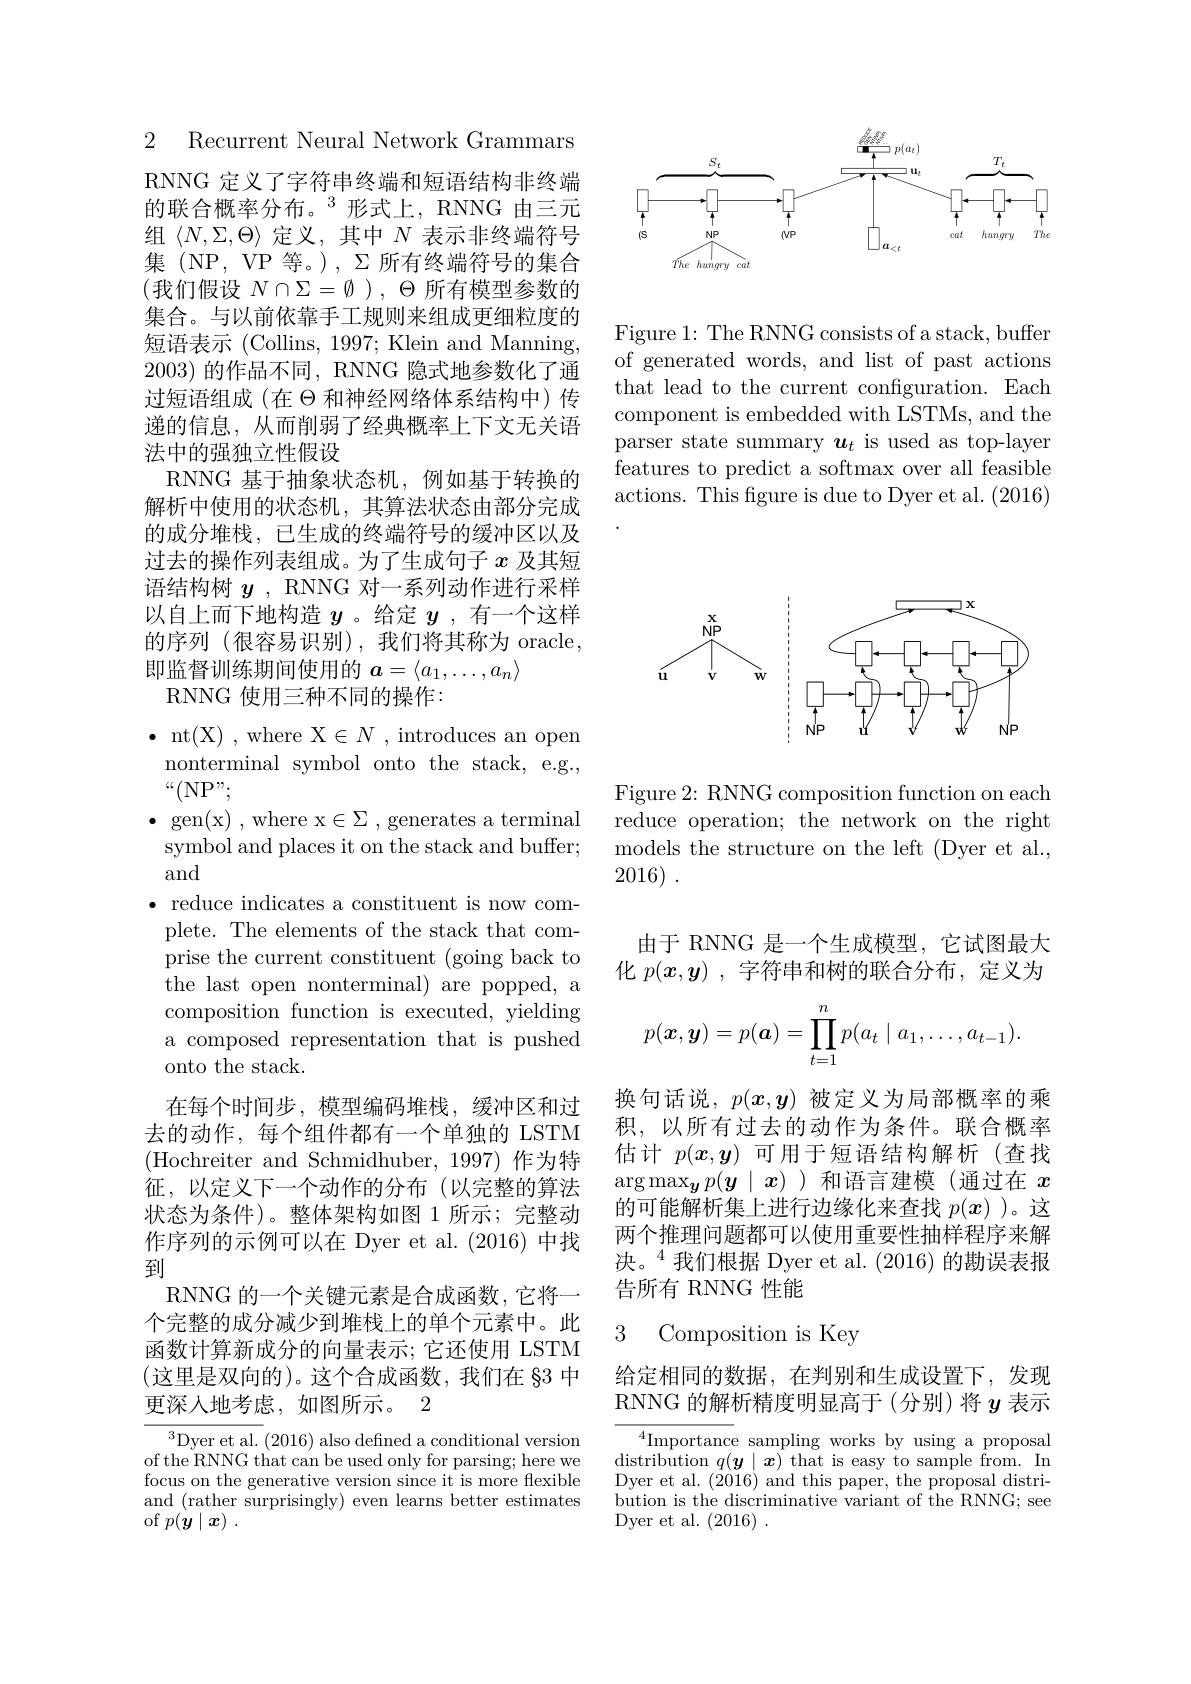
<FigureHere>

Figure 1: The RNNG consists of a stack, buffer of generated words, and list of past actions that lead to the current configuration. Each component is embedded with LSTMs, and the parser state summary $\boldsymbol u_t$ is used as top-layer features to predict a softmax over all feasible actions. This figure is due to Dyer et al. (2016)

2 Recurrent Neural Network Grammars

RNNG 定义了字符串终端和短语结构非终端的联合概率分布。$^{3}$形式上，RNNG 由三元组$\langle N,\Sigma,\Theta\rangle$定义，其中$N$表示非终端符号集 (NP, VP 等。), $\Sigma$所有终端符号的集合(我们假设 $N\cap\Sigma=\emptyset),\Theta$ 所有模型参数的集合。与以前依靠手工规则来组成更细粒度的短语表示 (Collins, 1997; Klein and Manning, 2003)的作品不同，RNNG 隐式地参数化了通过短语组成(在$\Theta$ 和神经网络体系结构中)传递的信息，从而削弱了经典概率上下文无关语法中的强独立性假设
RNNG 基于抽象状态机，例如基于转换的解析中使用的状态机，其算法状态由部分完成的成分堆栈，已生成的终端符号的缓冲区以及过去的操作列表组成。为了生成句子$x$及其短语结构树$y$, RNNG 对一系列动作进行采样以自上而下地构造$y$ 。给定$y$ ,有一个这样的序列 (很容易识别),我们将其称为 oracle, 即监督训练期间使用的$a=\langle a_1,\ldots,a_n\rangle$
RNNG 使用三种不同的操作：

$\bullet$ nt(X),where X$\in N$ , introduces an open
nonterminal symbol onto the stack, e.g.,
$“($NP";
$\bullet$ gen(x) , where x$\in\Sigma$ , generates a terminal symbol and places it on the stack and buffer; and
$\bullet$ reduce indicates a constituent is now complete. The elements of the stack that comprise the current constituent (going back to ${\mathrm{~the~last~open~nonterminal)~are~popped,~a}}$ composition function is executed, yielding a composed representation that is pushed onto the stack.
在每个时间步，模型编码堆栈，缓冲区和过去的动作，每个组件都有一个单独的 LSTM (Hochreiter and Schmidhuber, 1997)作为特征，以定义下一个动作的分布(以完整的算法状态为条件)。整体架构如图 1 所示；完整动作序列的示例可以在 Dyer et al.(2016)中找到
RNNG 的一个关键元素是合成函数，它将一个完整的成分减少到堆栈上的单个元素中。此函数计算新成分的向量表示；它还使用 LSTM (这里是双向的)。这个合成函数，我们在 §3 中更深入地考虑，如图所示。2
$^{3}$Dyer et al.(2016) also defned a conditional version

of the RNNG that can be used only for parsing; here we focus on the generative version since it is more flexible and (rather surprisingly) even learns better estimates of $p( \dot{\boldsymbol{y}} \mid \boldsymbol{x})$ .

<FigureHere>

Figure 2: RNNG composition function on each reduce operation; the network on the right models the structure on the left (Dyer et al., 2016) .

由于 RNNG 是一个生成模型，它试图最大化$p(\boldsymbol{x},\boldsymbol{y})$ ,字符串和树的联合分布，定义为
$$p(\boldsymbol{x},\boldsymbol{y})=p(\boldsymbol{a})=\prod_{t=1}^np(a_t\mid a_1,\ldots,a_{t-1}).$$
换句话说，$p(x,y)$被定义为局部概率的乘积，以所有过去的动作为条件。联合概率估计$p(x,y)$可用于短语结构解析(查找$\arg\max_{\boldsymbol{y}}p(\boldsymbol{y}\mid x)$)和语言建模(通过在$x$ 的可能解析集上进行边缘化来查找$p(x)$ )。这两个推理问题都可以使用重要性抽样程序来解决。$^{4}$我们根据 Dyer et al.(2016)的勘误表报告所有 RNNG 性能

# 3 Composition is Key

给定相同的数据，在判别和生成设置下，发现RNNG 的解析精度明显高于(分别)将$y$表示

$^{4}$Importance sampling works by using a proposal $\operatorname*{distribution}q(\boldsymbol{y}\mid\boldsymbol{x})^{{\mathrm{~that~is~easy~to~sample~from.~In}}}$ Dyer et al. (2016) and this paper, the proposal distribution is the discriminative variant of the RNNG; see Dyer et al. (2016) .